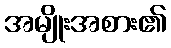
အမျိုးအစား၏